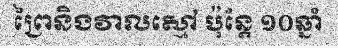
ព្រៃនិងវាលស្មៅ ប៉ុន្តែ ១០ឆ្នាំ